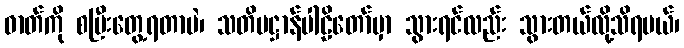
ဓာတ်ကို စပြီးတွေ့ရတာပဲ၊ သတိပဋ္ဌာန်ပါဠိတော်မှာ သွားရင်လည်း သွားတယ်လို့သိရမယ်၊